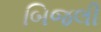
બિજલી